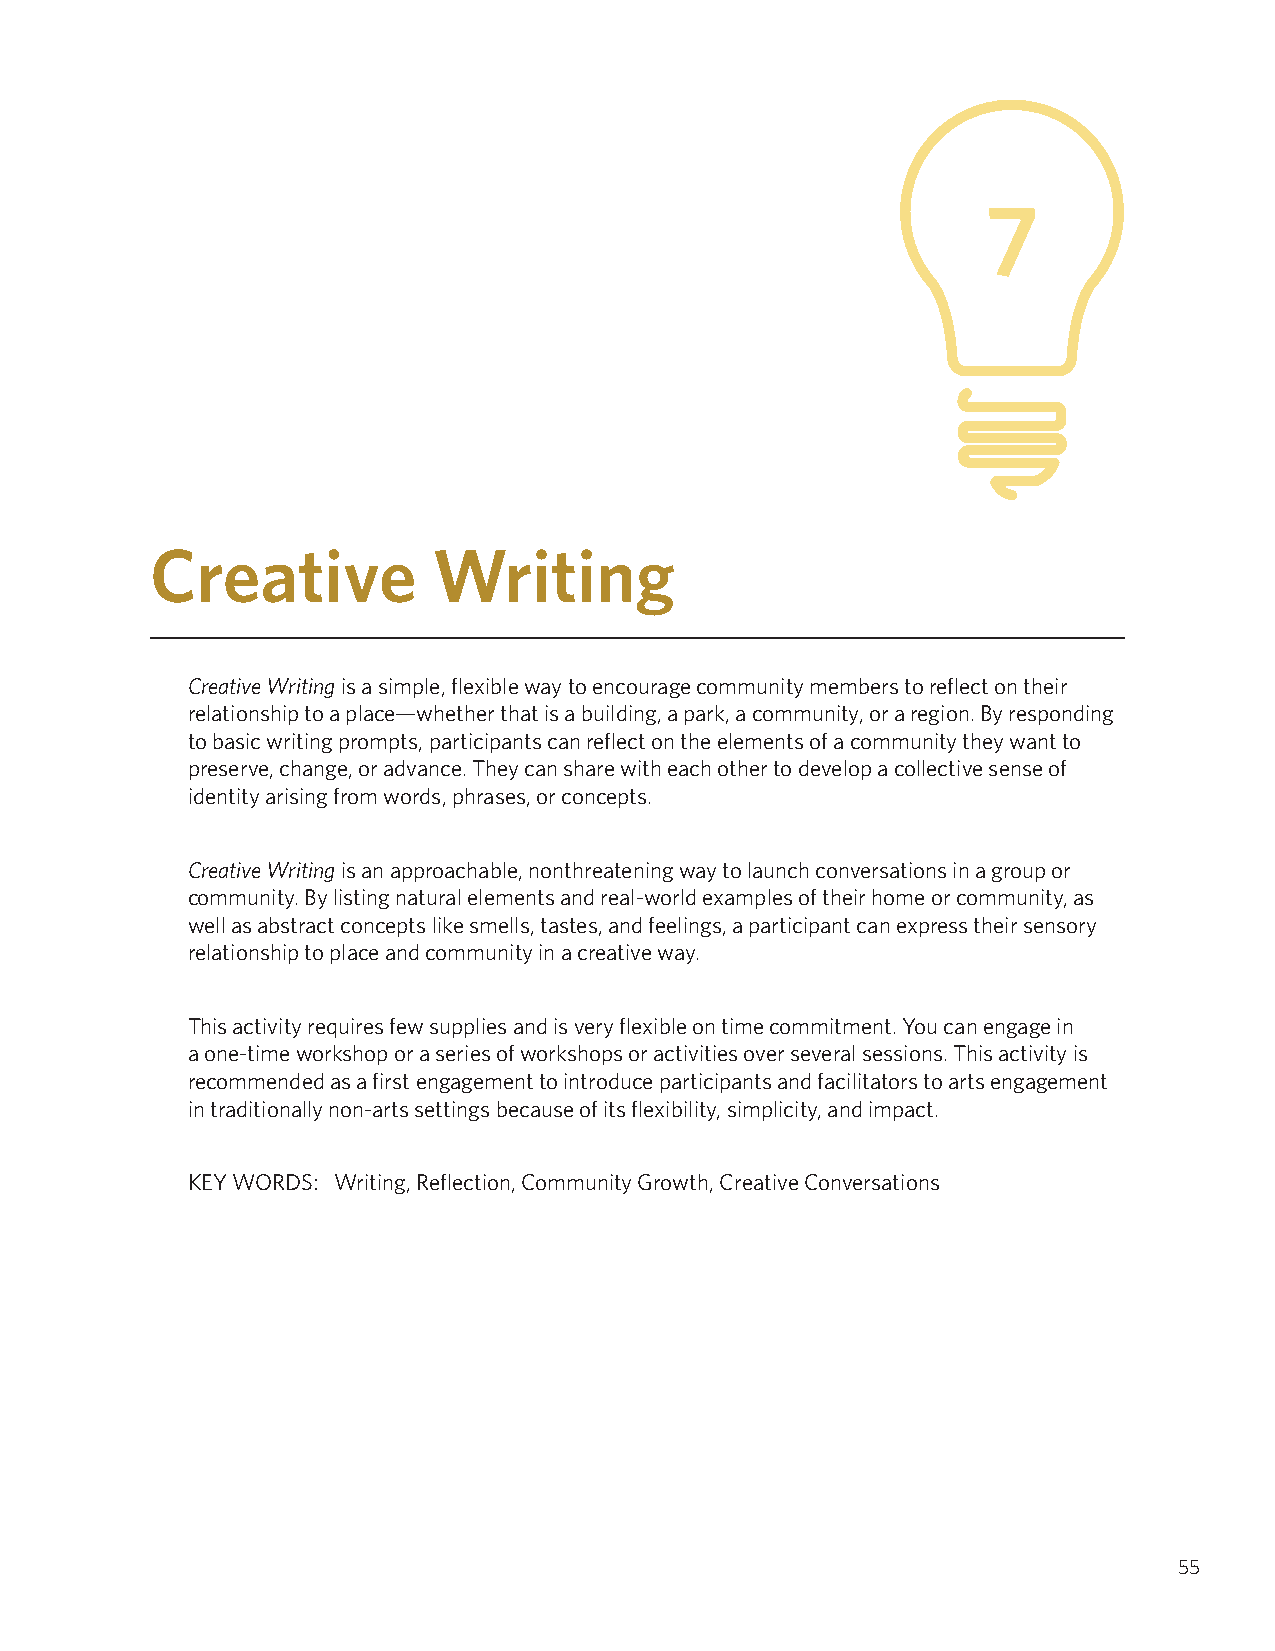
7
 Creative           Writing
 Creative Writing is a simple, flexible way to encourage community members to reflect on their
 relationship to a place—whether that is a building, a park, a community, or a region. By responding
 to basic writing prompts, participants can reflect on the elements of a community they want to
 preserve, change, or advance. They can share with each other to develop a collective sense of
 identity arising from words, phrases, or concepts.
 Creative Writing is an approachable, nonthreatening way to launch conversations in a group or
 community. By listing natural elements and real-world examples of their home or community, as
 well as abstract concepts like smells, tastes, and feelings, a participant can express their sensory
 relationship to place and community in a creative way.
 This activity requires few supplies and is very flexible on time commitment. You can engage in
 a one-time workshop or a series of workshops or activities over several sessions. This activity is
 recommended as a first engagement to introduce participants and facilitators to arts engagement
 in traditionally non-arts settings because of its flexibility, simplicity, and impact.
 KEY WORDS: Writing, Reflection, Community Growth, Creative Conversations
 55